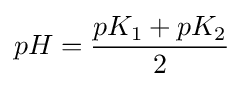
pH={{pK_{1}+pK_{2}} \over {2}}